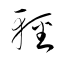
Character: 輕